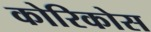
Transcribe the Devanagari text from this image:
कोरिकोस